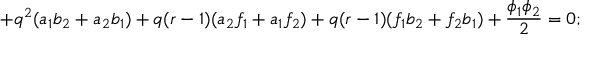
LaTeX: + q ^ { 2 } ( a _ { 1 } b _ { 2 } + a _ { 2 } b _ { 1 } ) + q ( r - 1 ) ( a _ { 2 } f _ { 1 } + a _ { 1 } f _ { 2 } ) + q ( r - 1 ) ( f _ { 1 } b _ { 2 } + f _ { 2 } b _ { 1 } ) + \frac { \phi _ { 1 } \phi _ { 2 } } { 2 } = 0 ;